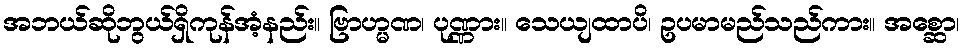
အဘယ်ဆိုဘွယ်ရှိကုန်အံ့နည်း။ ဗြာဟ္မဏ၊ ပုဏ္ဏား။ သေယျထာပိ၊ ဥပမာမည်သည်ကား။ အစ္ဆော၊